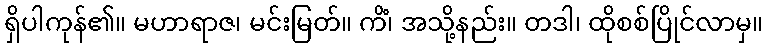
ရှိပါကုန်၏။ မဟာရာဇ၊ မင်းမြတ်။ ကိံ၊ အသို့နည်း။ တဒါ၊ ထိုစစ်ပြိုင်လာမှ။